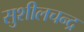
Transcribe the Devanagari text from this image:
सुशीलचन्द्र